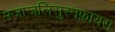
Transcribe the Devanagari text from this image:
मजाजलिसुस्नफ़ायस